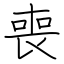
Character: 喪